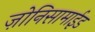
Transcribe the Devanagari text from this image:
ज़ोनिसामाईड